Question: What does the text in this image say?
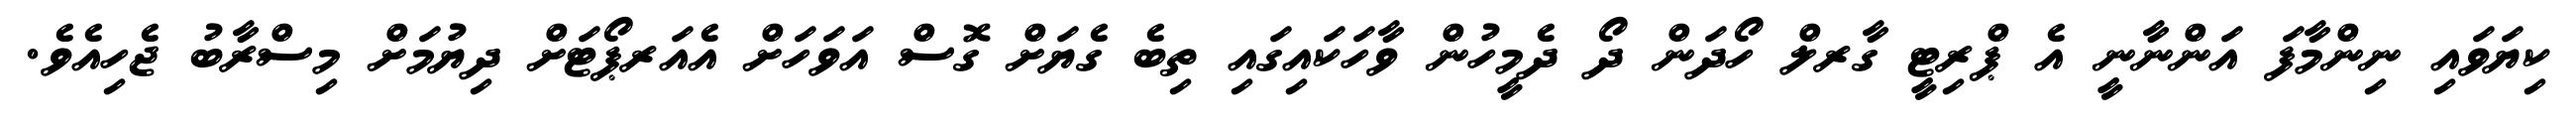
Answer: ކިޔަވައި ނިންމާފަ އަންނާނީ އެ ޕްރިޓީ ގާރލް ހޯދަން ދޯ ދެމީހުން ވާހަކައިގައި ތިބެ ގެޔަށް ގޮސް އަވަހަށް އެއަރޕޯޓަށް ދިޔުމަށް މިސްރާބު ޖެހިއެވެ.